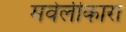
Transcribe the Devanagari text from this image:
मवेलीकारा